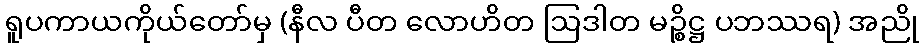
ရူပကာယကိုယ်တော်မှ (နီလ ပီတ လောဟိတ ဩဒါတ မဉ္စိဋ္ဌ ပဘဿရ) အညို